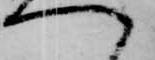
へ